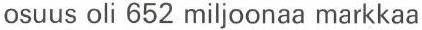
osuus oli 652 miljoonaa markkaa